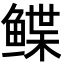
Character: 鲽